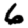
Digit: 6